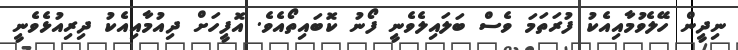
ނިދީން ހޭލެވުމާއިއެކު ފުރަތަމަ ވެސް ބަލައިލެވެނީ ފޯނު ކޮބައިތޯއެވެ. އޮފީހަށް ދިއުމާއިއެކު ދިރިއުޅެވެނީ